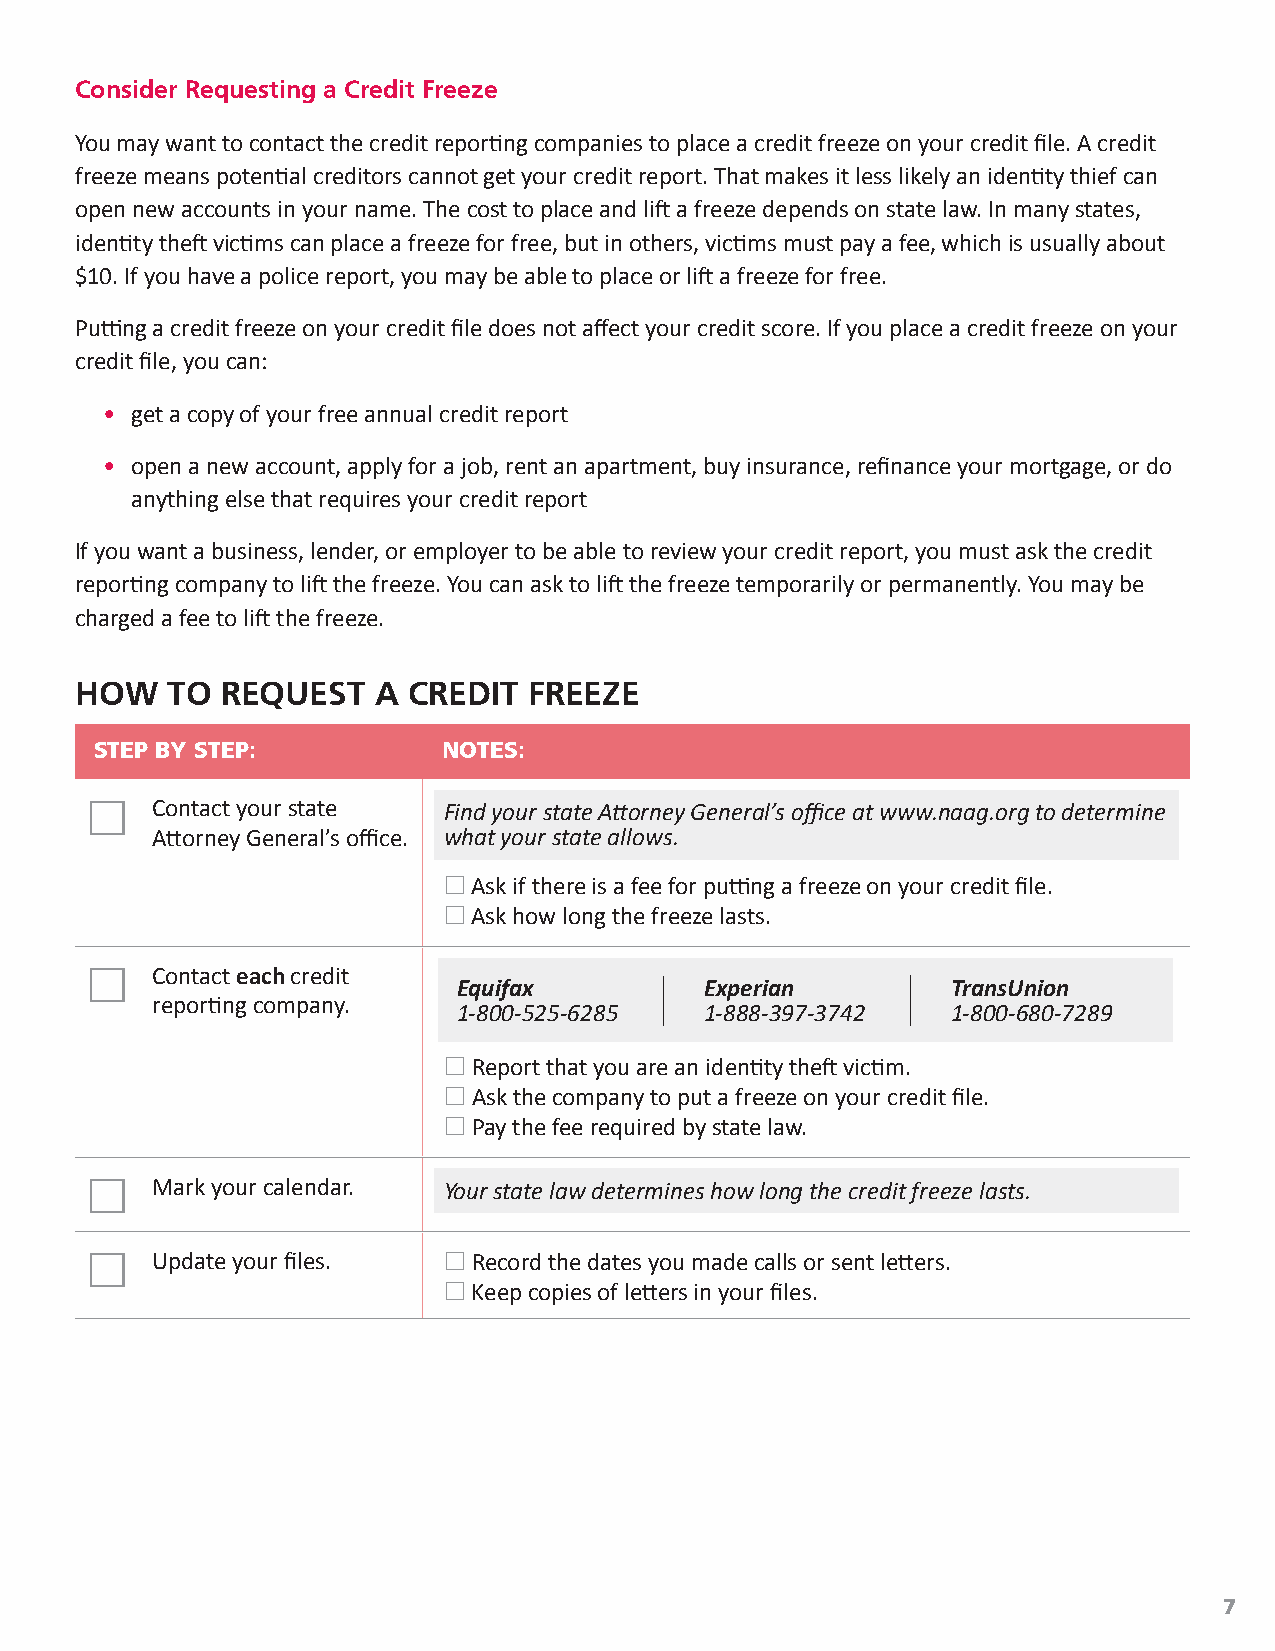
Consider Requesting a Credit Freeze
 You may want to contact the credit reporting companies to place a credit freeze on your credit file. A credit
 freeze means potential creditors cannot get your credit report. That makes it less likely an identity thief can
 open new accounts in your name. The cost to place and lift a freeze depends on state law. In many states,
 identity theft victims can place a freeze for free, but in others, victims must pay a fee, which is usually about
 $10. If you have a police report, you may be able to place or lift a freeze for free.
 Putting a credit freeze on your credit file does not affect your credit score. If you place a credit freeze on your
 credit file, you can:
 • get a copy of your free annual credit report
 • open a new account, apply for a job, rent an apartment, buy insurance, refinance your mortgage, or do
 anything else that requires your credit report
 If you want a business, lender, or employer to be able to review your credit report, you must ask the credit
 reporting company to lift the freeze. You can ask to lift the freeze temporarily or permanently. You may be
 charged a fee to lift the freeze.
 HOW   TO  REQUEST   A CREDIT  FREEZE
 STEP BY STEP:          NOTES:
    Contact your state Find your state Attorney General’s office at www.naag.org to determine
 Attorney General’s office. what your state allows.
  Ask if there is a fee for putting a freeze on your credit file.
  Ask how long the freeze lasts.
    Contact each credit
 Equifax          Experian        TransUnion
 reporting company.
 1‑800‑525‑6285   1‑888‑397‑3742  1‑800‑680‑7289
  Report that you are an identity theft victim.
  Ask the company to put a freeze on your credit file.
  Pay the fee required by state law.
    Mark your calendar. Your state law determines how long the credit freeze lasts.
    Update your files.  Record the dates you made calls or sent letters.
  Keep copies of letters in your files.
 7